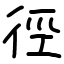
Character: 徑